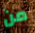
من